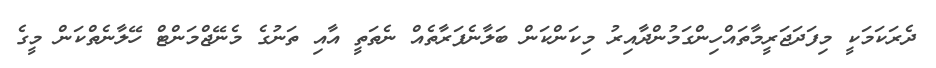
ދެރަކަމަކީ މިފަދަޖަރީމާތައްހިންގަމުންދާއިރު މިކަންކަން ބަލާނެފަރާތެއް ނެތަތީ އާއި ތަނުގެ މެނޭޖްމަންޓް ހޭލާނެތްކަން މީގެ